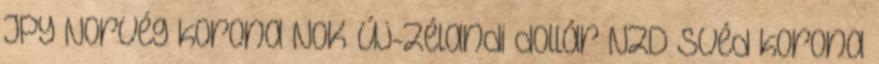
JPY Norvég korona NOK Új-zélandi dollár NZD Svéd korona